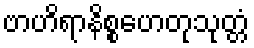
ဗာဟိရာနိစ္စဟေတုသုတ္တံ